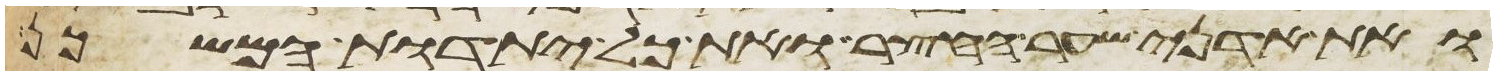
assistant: ואת אדני שער החצר ואת כל יתדות המשכן